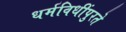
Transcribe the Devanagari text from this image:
धर्मविधींपुरते